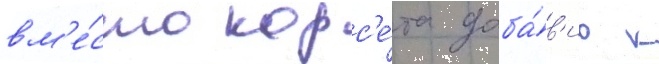
вм'е́сто корс'е́та доба́в'ив к